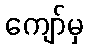
ကျော်မှ